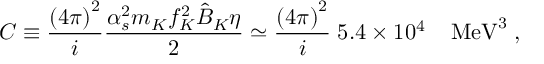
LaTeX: C \equiv \frac { { \left( 4 \pi \right) } ^ { 2 } } { i } \frac { \alpha _ { s } ^ { 2 } m _ { K } f _ { K } ^ { 2 } \hat { B } _ { K } \eta } { 2 } \simeq \frac { { \left( 4 \pi \right) } ^ { 2 } } { i } \; 5 . 4 \times 1 0 ^ { 4 } \; \; \; \; \mathrm { M e V } ^ { 3 } \; ,